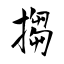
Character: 搊